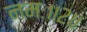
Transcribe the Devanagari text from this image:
नमः॥२॥